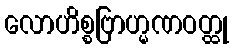
လောဟိစ္စဗြာဟ္မဏဝတ္ထု